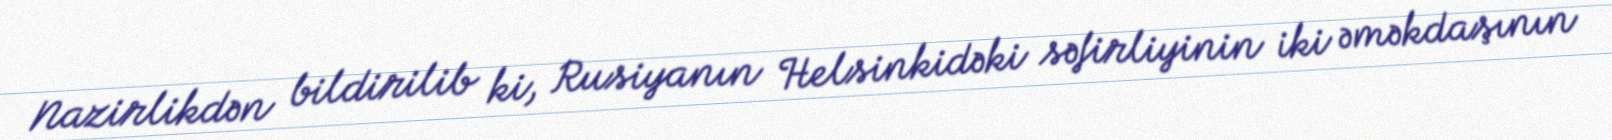
Nazirlikdən bildirilib ki, Rusiyanın Helsinkidəki səfirliyinin iki əməkdaşının